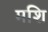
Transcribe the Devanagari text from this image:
मशि